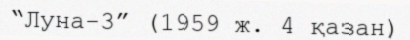
“Луна-3” (1959 ж. 4 қазан)